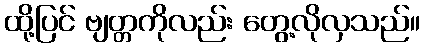
ထို့ပြင် ဗျတ္တကိုလည်း တွေ့လိုလှသည်။